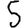
Digit: 5